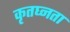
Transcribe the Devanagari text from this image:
कृतघ्नता